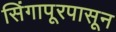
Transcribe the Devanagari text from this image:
सिंगापूरपासून